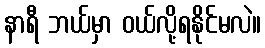
နာရီ ဘယ်မှာ ဝယ်လို့ရနိုင်မလဲ။